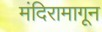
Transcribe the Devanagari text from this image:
मंदिरामागून